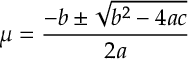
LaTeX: \mu = \frac { - b \pm \sqrt { b ^ { 2 } - 4 a c } } { 2 a }